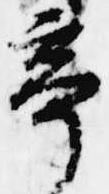
亭